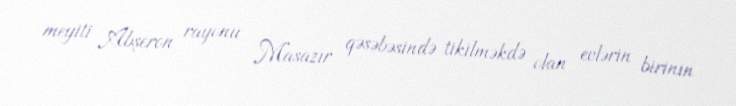
meyiti Abşeron rayonu Masazır qəsəbəsində tikilməkdə olan evlərin birinin